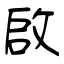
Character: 啟